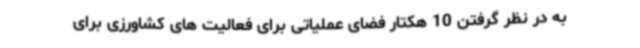
به در نظر گرفتن 10 هکتار فضای عملیاتی برای فعالیت های کشاورزی برای